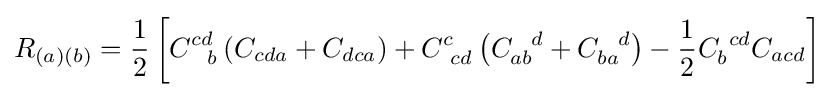
R_{(a)(b)}={\frac {1}{2}}\left[C_{\ \ b}^{cd}\left(C_{cda}+C_{dca}\right)+C_{\ cd}^{c}\left(C_{ab}^{\ \ d}+C_{ba}^{\ \ d}\right)-{\frac {1}{2}}C_{b}^{\ cd}C_{acd}\right]